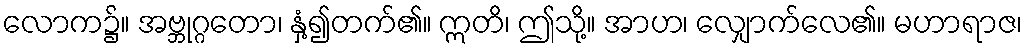
လောက၌။ အဗ္ဘုဂ္ဂတော၊ နှံ့၍တက်၏။ ဣတိ၊ ဤသို့။ အာဟ၊ လျှောက်လေ၏။ မဟာရာဇ၊